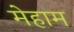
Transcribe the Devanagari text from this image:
मेहाम